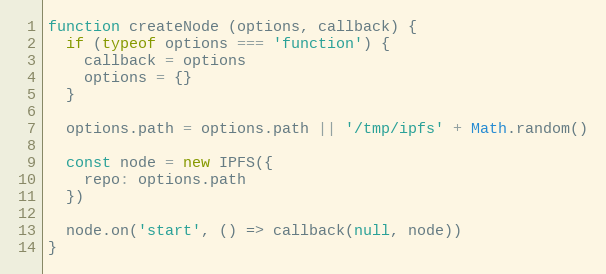
Language: JavaScript
function createNode (options, callback) {
  if (typeof options === 'function') {
    callback = options
    options = {}
  }

  options.path = options.path || '/tmp/ipfs' + Math.random()

  const node = new IPFS({
    repo: options.path
  })

  node.on('start', () => callback(null, node))
}